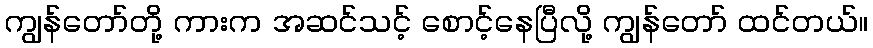
ကျွန်တော်တို့ ကားက အဆင်သင့် စောင့်နေပြီလို့ ကျွန်တော် ထင်တယ်။